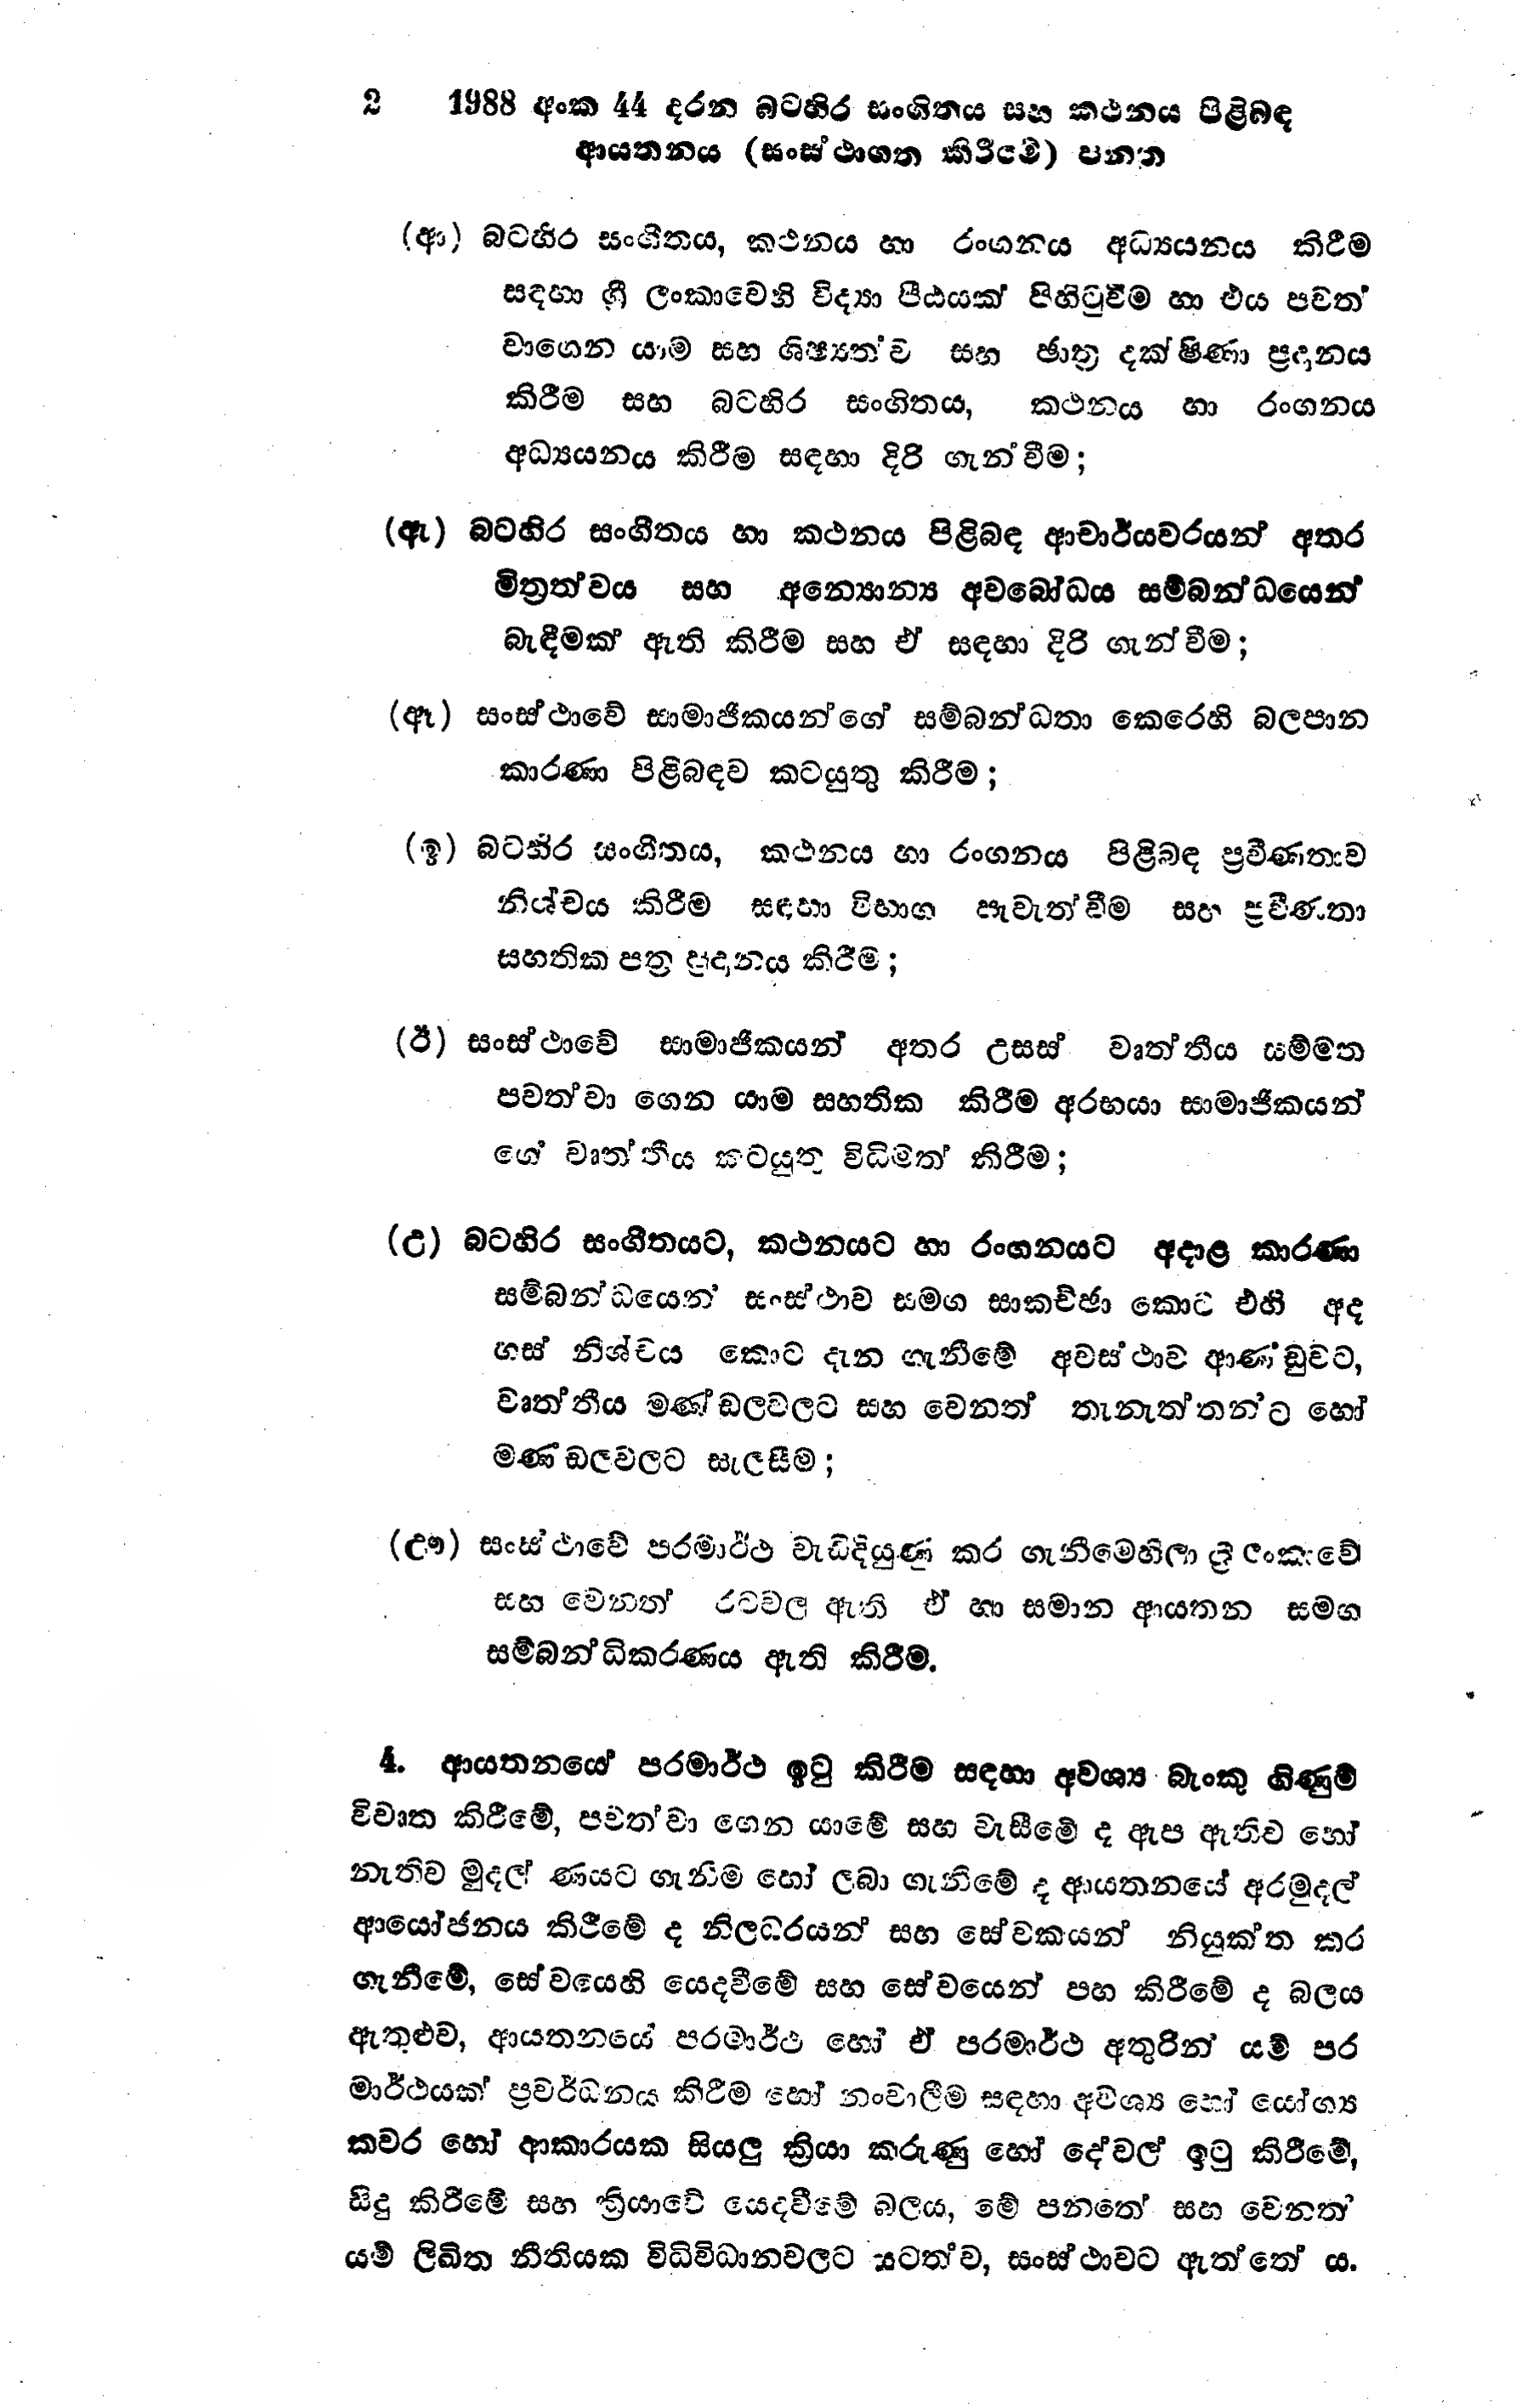
2 1988 අංක 44 දරන බටහිර සංගීතය සහ කථනය පිළිබඳ
ආයතනය (සංස්ථාගත කිරීමේ) පනත

(ආ) බටහිර සංගීතය, කථනය හා රංගනය අධ්‍යයනය කිරීම
සඳහා ශ්‍රී ලංකාවෙහි විද්‍යා පීඨයක් පිහිටුවීම හා එය පවත්
වාගෙන යාම සහ ශිෂ්‍යත්ව සහ ඡාත්‍ර දක්ෂිණා ප්‍රදානය
කිරීම සහ බටහිර සංගිතය, කථනය හා රංගනය
අධ්‍යයනය කිරීම සඳහා දිරි ගැන්වීම;

(ඇ) බටහිර සංගීතය හා කථනය පිළිබඳ ආචාර්යවරයන් අතර
මිත්‍රත්වය සහ අන්‍යෝන්‍ය අවබෝධය සම්බන්ධයෙන්
බැඳීමක් ඇති කිරීම සහ ඒ සඳහා දිරි ගැන්වීම;

(ඈ) සංස්ථාවේ සාමාජිකයන්ගේ සම්බන්ධතා කෙරෙහි බලපාන
කාරණා පිළිබඳව කටයුතු කිරීම;

(ඉ) බටහිර සංගීතය, කථනය හා රංගනය පිළිබඳ ප්‍රවීණතාව
නිශ්චය කිරීම සඳහා විභාග පැවැත්වීම සහ ප්‍රවීණතා
සහතික පත්‍ර ප්‍රදානය කිරීම;

(ඊ) සංස්ථාවේ සාමාජිකයන් අතර උසස් වෘත්තීය සම්මත
පවත්වා ගෙන යාම සහතික කිරීම අරභයා සාමාජිකයන්
ගේ වෘත්තීය කටයුතු විධිමත් කිරීම;

(උ) බටහිර සංගීතයට, කථනයට හා රංගනයට අදාළ කාරණා
සම්බන්ධයෙන් සංස්ථාව සමග සාකච්ඡා කොට එහි අද
හස් නිශ්චය කොට දැන ගැනීමේ අවස්ථාව ආණ්ඩුවට,
වෘත්තීය මණ්ඩලවලට සහ වෙනත් තැනැත්තන්ට හෝ
මණ්ඩලවලට සැලසීම;

(ඌ) සංස්ථාවේ පරමාර්ථ වැඩි දියුණ කර ගැනීමෙහිලා ශ්‍රී ලංකාවේ
සහ වෙනත් රටවල ඇති ඒ හා සමාන ආයතන සමග
සම්බන්ධිකරණය ඇති කිරීම.

4. ආයතනයේ පරමාර්ථ ඉටු කිරීම සඳහා අවශ්‍ය බැංකු ගිණුම්
විවෘත කිරීමේ, පවත්වා ගෙන යාමේ සහ වැසීමේ ද ඇප ඇතිව හෝ
නැතිව මුදල් ණයට ගැනීම හෝ ලබා ගැනීමේ ද ආයතනයේ අරමුදල්
ආයෝජනය කිරීමේ ද නිලධරයන් සහ සේවකයන් නියුක්ත කර
ගැනීමේ, සේවයෙහි යෙදවීමේ සහ සේවයෙන් පහ කිරීමේ ද බලය
ඇතුළුව, ආයතනයේ පරමාර්ථ හෝ ඒ පරමාර්ථ අතුරින් යම් පර
මාර්ථයක් ප්‍රවර්ධනය කිරීම හෝ නංවාලීම සඳහා අවශ්‍ය හෝ යෝග්‍ය
කවර හෝ ආකාරයක සියලු ක්‍රියා කරුණු හෝ දේවල් ඉටු කිරීමේ,
සිදු කිරීමේ සහ ක්‍රියාවේ යෙදවීමේ බලය, මේ පනතේ සහ වෙනත්
යම් ලිඛිත නීතියක විධිවිධානවලට යටත්ව, සංස්ථාවට ඇත්තේ ය.